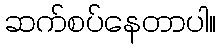
ဆက်စပ်နေတာပါ။